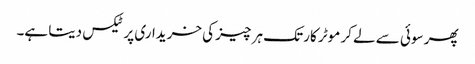
پھر سوئی سے لے کر موٹر کار تک ہر چیز کی خریداری پر ٹیکس دیتا ہے۔